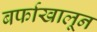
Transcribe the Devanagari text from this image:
बर्फाखालून